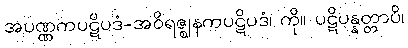
အပဏ္ဏကပဋိပဒံ-အဝိရဇ္ဈနကပဋိပဒံ၊ ကို။ ပဋိပန္နတ္တာပိ၊